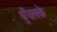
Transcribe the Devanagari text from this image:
धुँधलके